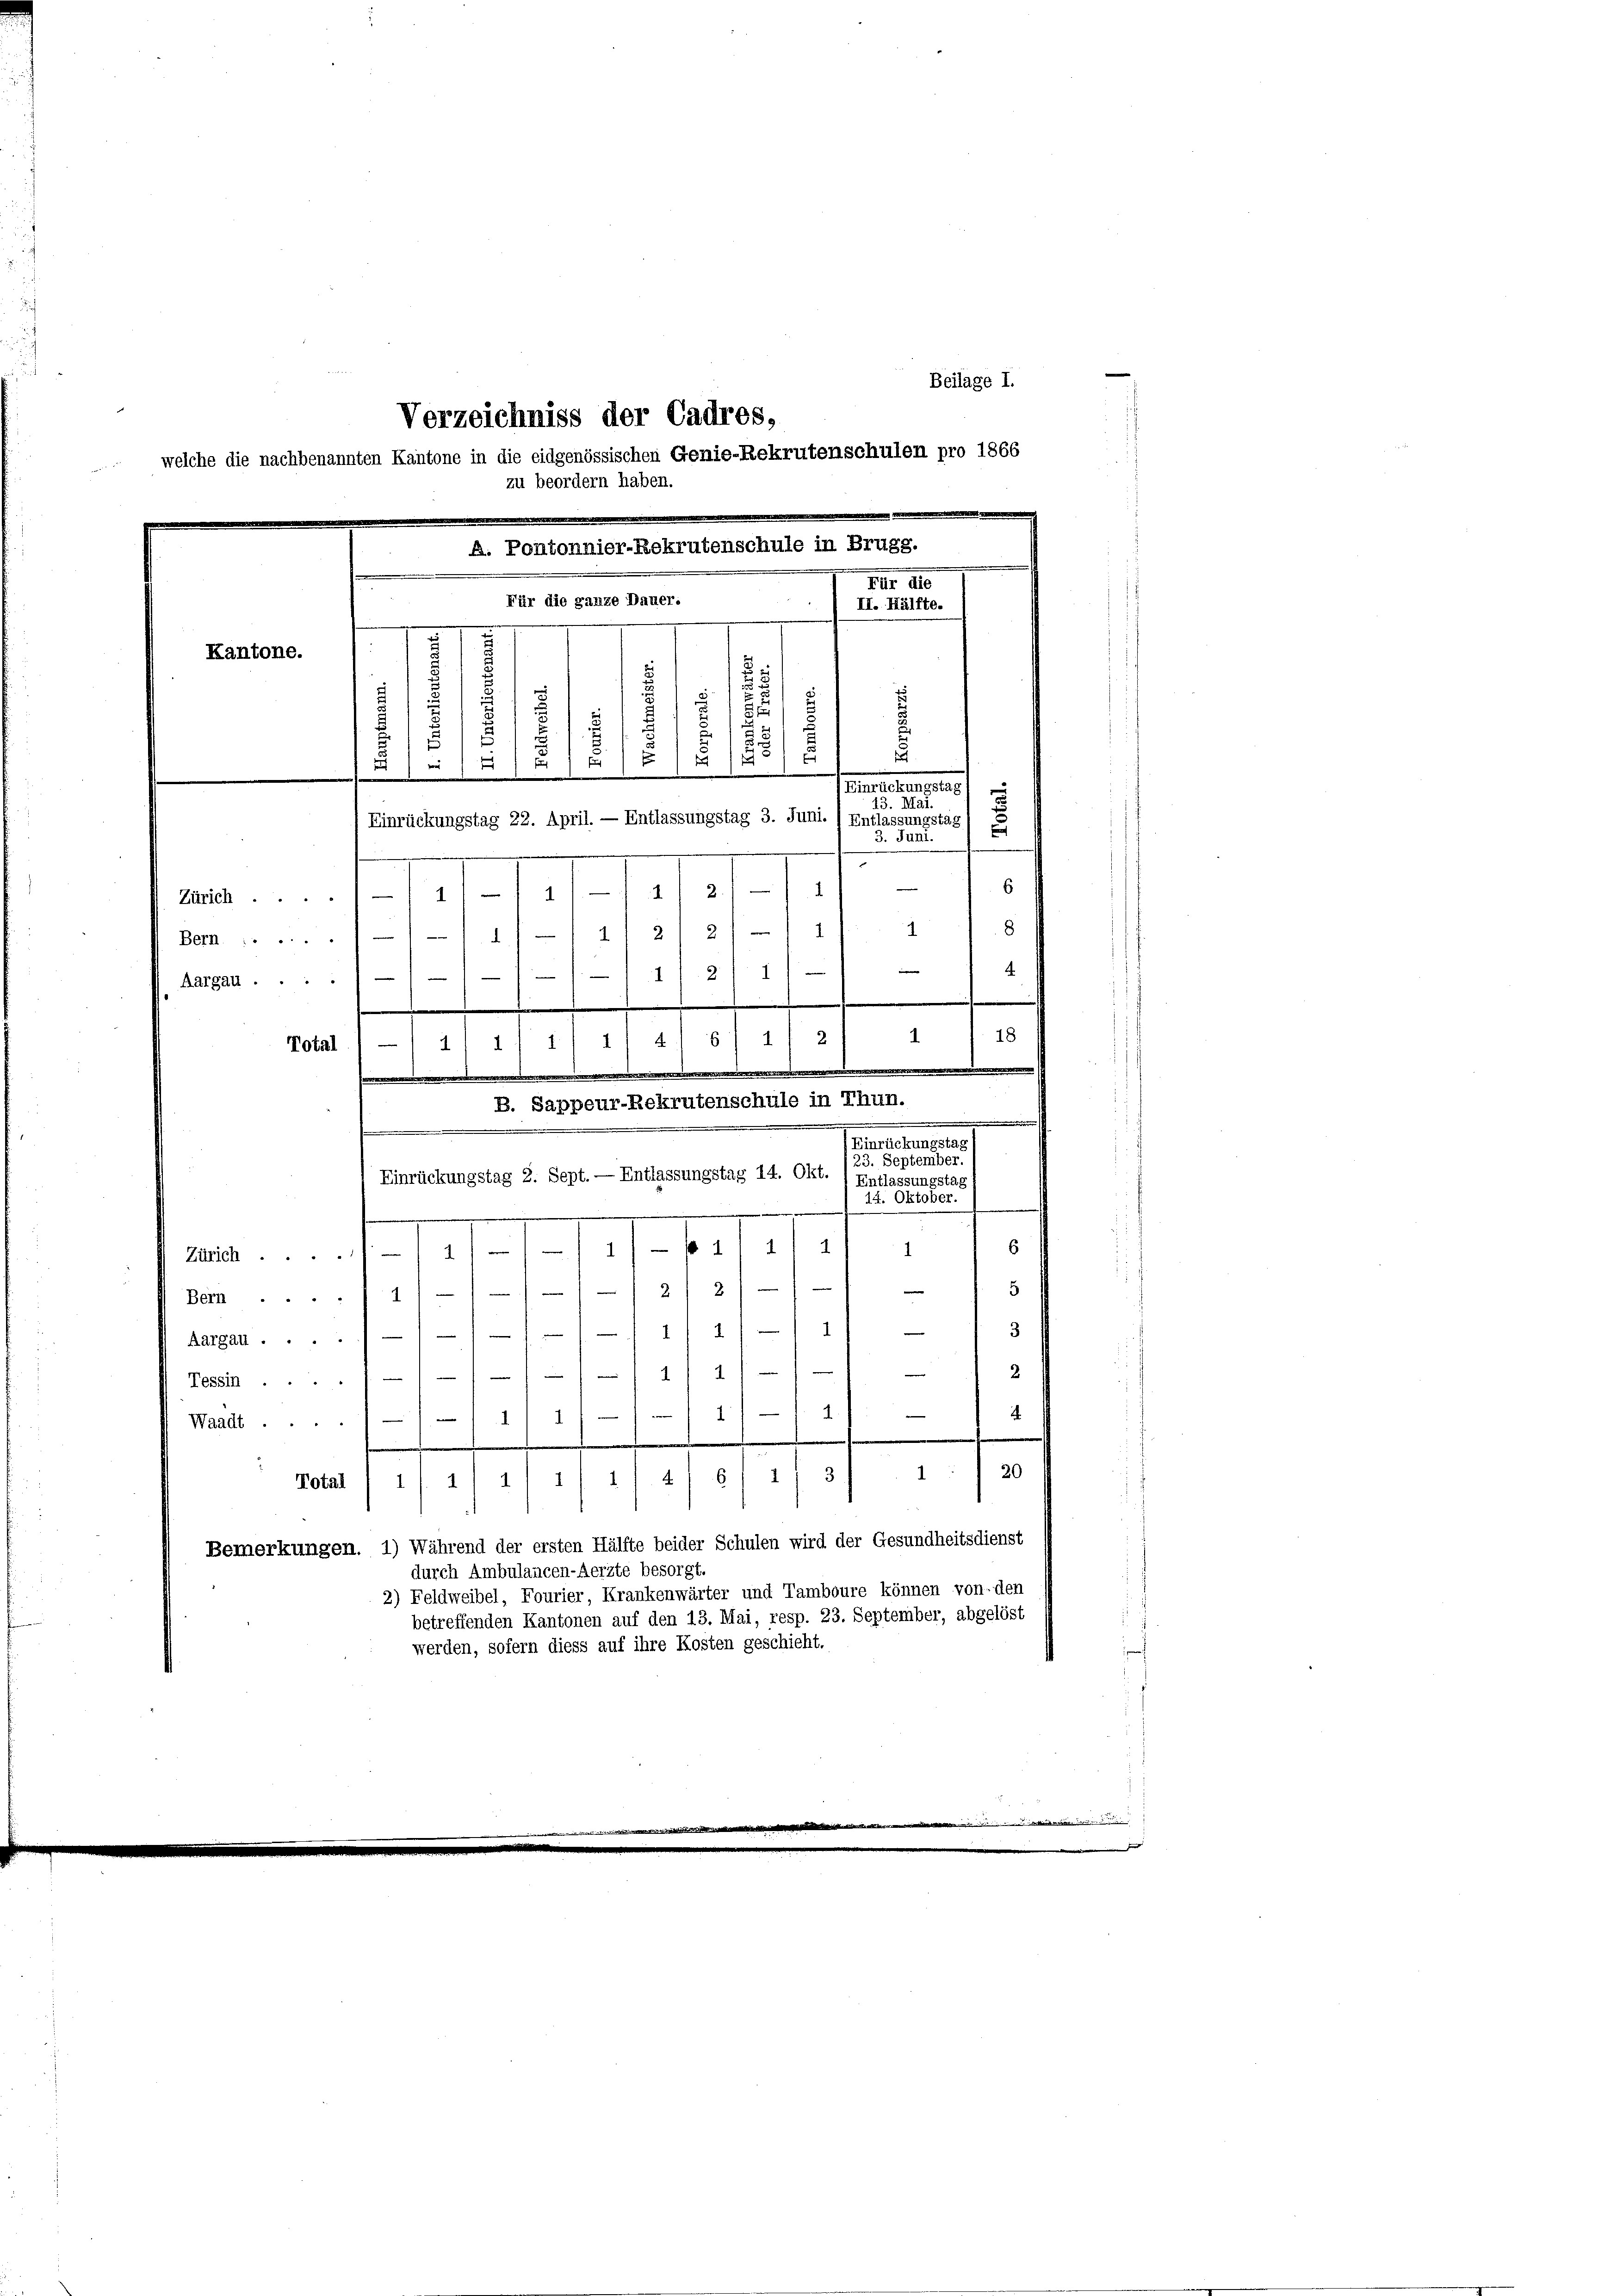
Beilage I.
Verzeichniss der Cadres,
welche die nachbenannten Kantone in die eidgenössischen Genie-Rekrutenschulen pro 1866
zu beordern haben.
Portoauslersternementen d. M. ein
III.
Für die ganze Dauer.
II. Hälfte.
u
Kantone.
u
5.
8
d
2
5
5.
.
1
)
1
/81
5)
u
Einrückungstag)
43. Mai.
) Einrückungstag 22. April. — Entlassungstag 3. Juni. ) Entlassungstag
2
3. Juni.
e
6
Z/11/111 21 21
8
1
.///4/1 11 2/2/1
4.
2/ 1
1
Aargau .... 1
¬
18
1
82
Total
.
B. Sappeur-Rekrutenschule in Thun.
.
Einrückungstag
23. September.
Einrückungstag 2. Sept. — Entlassungstag 14. Okt. / Entlassungstag
14. Oktober.
6
1
Zürich) 11 - 11) - f 1 1/2
d

2/2/1
5
1
Bern . . .
1) 11 - 11) — 7 3
1
Aargau ...
2
2)

Tessin ....
F
.
.
1 11
e
Waadt.
/ 412 f 21 § 18. 281 120
Total
Bemerkungen. 1) Während der ersten Hälfte beider Schulen wird der Gesundheitsdienst
durch Ambulancen-Aerzte besorgt.
2) Feldweibel, Fourier, Krankenwärter und Tamboure können von den
betreffenden Kantonen auf den 13. Mai, resp. 23. September, abgelöst
werden, sofern diess auf ihre Kosten geschieht.

-